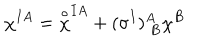
LaTeX: \chi ^ { I A } = { \frac { \buildrel \circ } { \chi } } ^ { I A } + ( \sigma ^ { I } ) _ { \ B } ^ { A } \chi ^ { B }